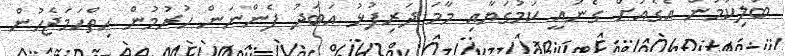
ބަލިކަމުން އެގެއަށް ގެނައީ ކަމުގަޔާއި މާމަ ދަރިފުޅު އަބަދު ފެންނަން ހުރުމުން ހިތްހަމަޖެހުން